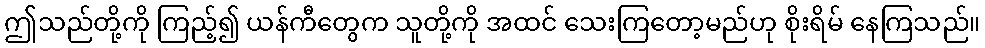
ဤသည်တို့ကို ကြည့်၍ ယန်ကီတွေက သူတို့ကို အထင် သေးကြတော့မည်ဟု စိုးရိမ် နေကြသည်။